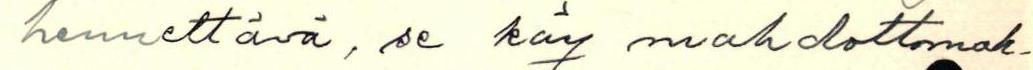
hennettävä, se käy mahdottomak-